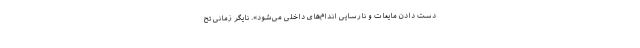
دست دادن مایعات و نارسایی اندام‌های داخلی می‌شود». نایگر زمانی تح